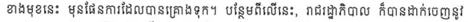
ខាងមុខនេះ មុនផែនការដែលបានគ្រោងទុក។ បន្ថែមពីលើនេះ, រាជរដ្ឋាភិបាល ក៏បានដាក់ចេញនូវ